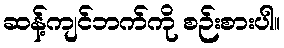
ဆန့်ကျင်ဘက်ကို စဉ်းစားပါ။